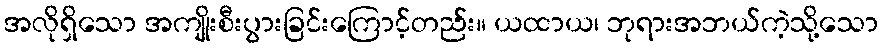
အလိုရှိသော အကျိုးစီးပွားခြင်းကြောင့်တည်း။ ယထာယ၊ ဘုရားအဘယ်ကဲ့သို့သော